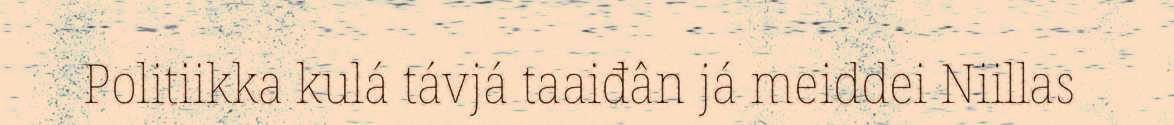
Politiikka kulá távjá taaiđân já meiddei Niillas